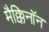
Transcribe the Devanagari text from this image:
मैक्किनॉन